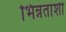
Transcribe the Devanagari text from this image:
भिन्नतांशी